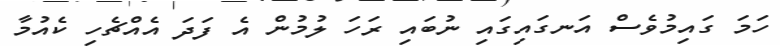
ހަމަ ގައިމުވެސް އަނގައިގައި ނުބައި ރަހަ ލުމުން އެ ފަދަ އެއްޗެހި ކެއުމާ